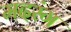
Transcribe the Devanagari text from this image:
मदरंग